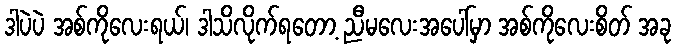
ဒါပဲပဲ အစ်ကိုလေးရယ်၊ ဒါသိလိုက်ရတော့ ညီမလေးအပေါ်မှာ အစ်ကိုလေးစိတ် အခု